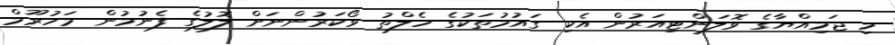
މި ޖަމިއްޔާގެ ވޮލަންޓިއަރުން އެކި ގައުމުތަކުގެ ހެލްތު ވޯކަރުންނަށް ލޮލުގެ ފެނުމުން މަހުރޫމް